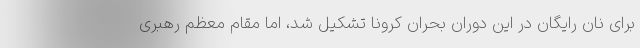
برای نان رایگان در این دوران بحران کرونا تشکیل شد، اما مقام معظم رهبری